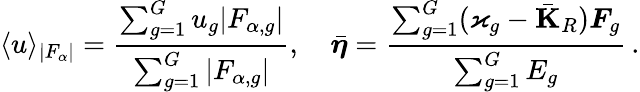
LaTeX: \langle u\rangle_{|F_{\alpha}|}=\frac{\sum_{g=1}^{G}u_{g}|F_{\alpha,g}|}{\sum_{g=1}^{G}|F_{\alpha,g}|},\quad\bar{\boldsymbol{\eta}}=\frac{\sum_{g=1}^{G}(\varkappa_{g}-\bar{\mathbf{K}}_{R})\boldsymbol{F}_{g}}{\sum_{g=1}^{G}E_{g}}\, .